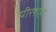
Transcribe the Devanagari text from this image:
पीरशहा